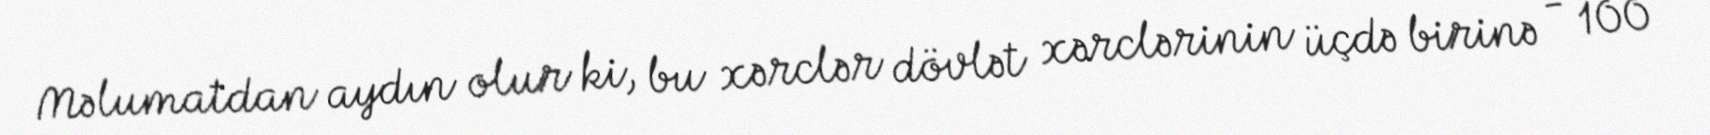
Məlumatdan aydın olur ki, bu xərclər dövlət xərclərinin üçdə birinə - 100